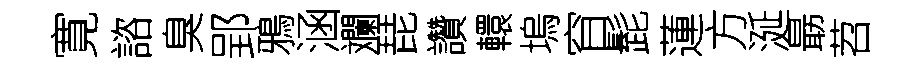
寛諮臭郢鴉涵斕琵讚轘塢窅髭蓮方涎朂苕